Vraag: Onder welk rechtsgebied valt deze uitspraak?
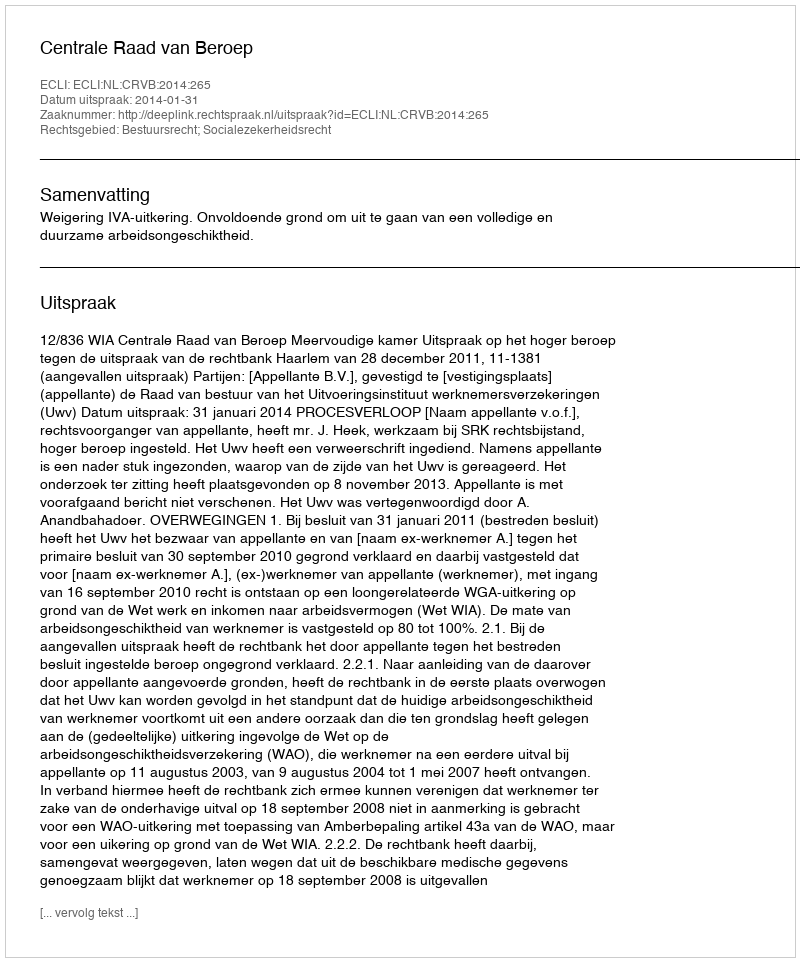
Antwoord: Bestuursrecht; Socialezekerheidsrecht